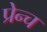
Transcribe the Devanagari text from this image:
प्रेन्च